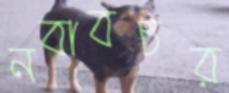
নবাবচর